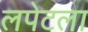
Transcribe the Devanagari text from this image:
लपेटला